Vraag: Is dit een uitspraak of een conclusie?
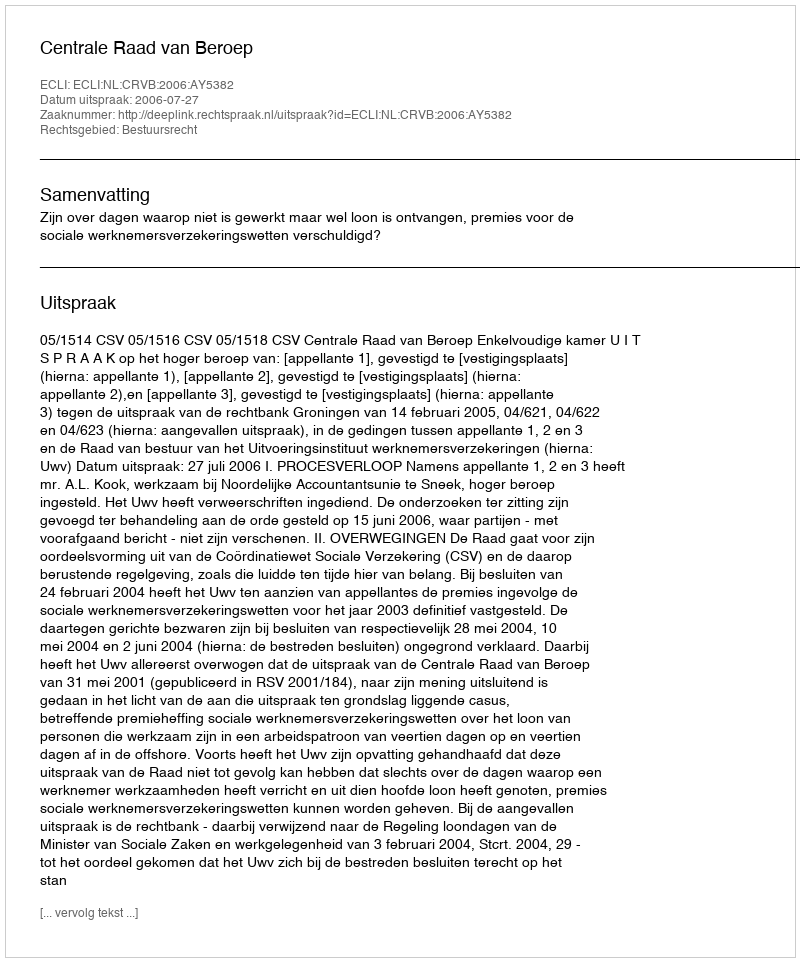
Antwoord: Uitspraak